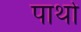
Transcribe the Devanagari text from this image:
पार्थो